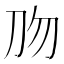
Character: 𰄡